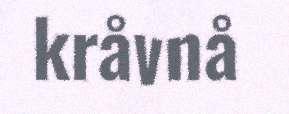
kråvnå